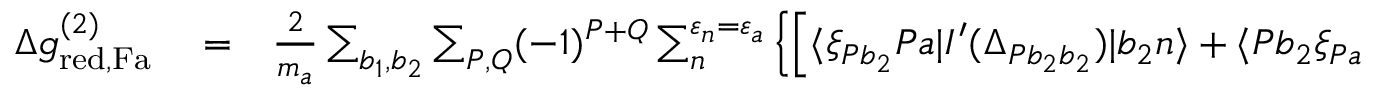
\begin{array} { r l r } { \Delta g _ { \mathrm { r e d , F a } } ^ { ( 2 ) } } & { { } = } & { \frac { 2 } { m _ { a } } \sum _ { b _ { 1 } , b _ { 2 } } \sum _ { P , Q } ( - 1 ) ^ { P + Q } \sum _ { n } ^ { \varepsilon _ { n } = \varepsilon _ { a } } \left\{ \left[ \langle \xi _ { P b _ { 2 } } P a | I ^ { \prime } ( \Delta _ { P b _ { 2 } b _ { 2 } } ) | b _ { 2 } n \rangle + \langle P b _ { 2 } \xi _ { P a } | I ^ { \prime } ( \Delta _ { P b _ { 2 } b _ { 2 } } ) | b _ { 2 } n \rangle \right. \right. } \end{array}